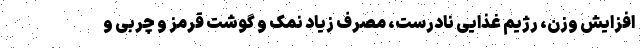
افزایش وزن، رژیم غذایی نادرست، مصرف زیاد نمک و گوشت قرمز و چربی و